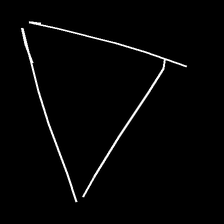
Glyph: convergence